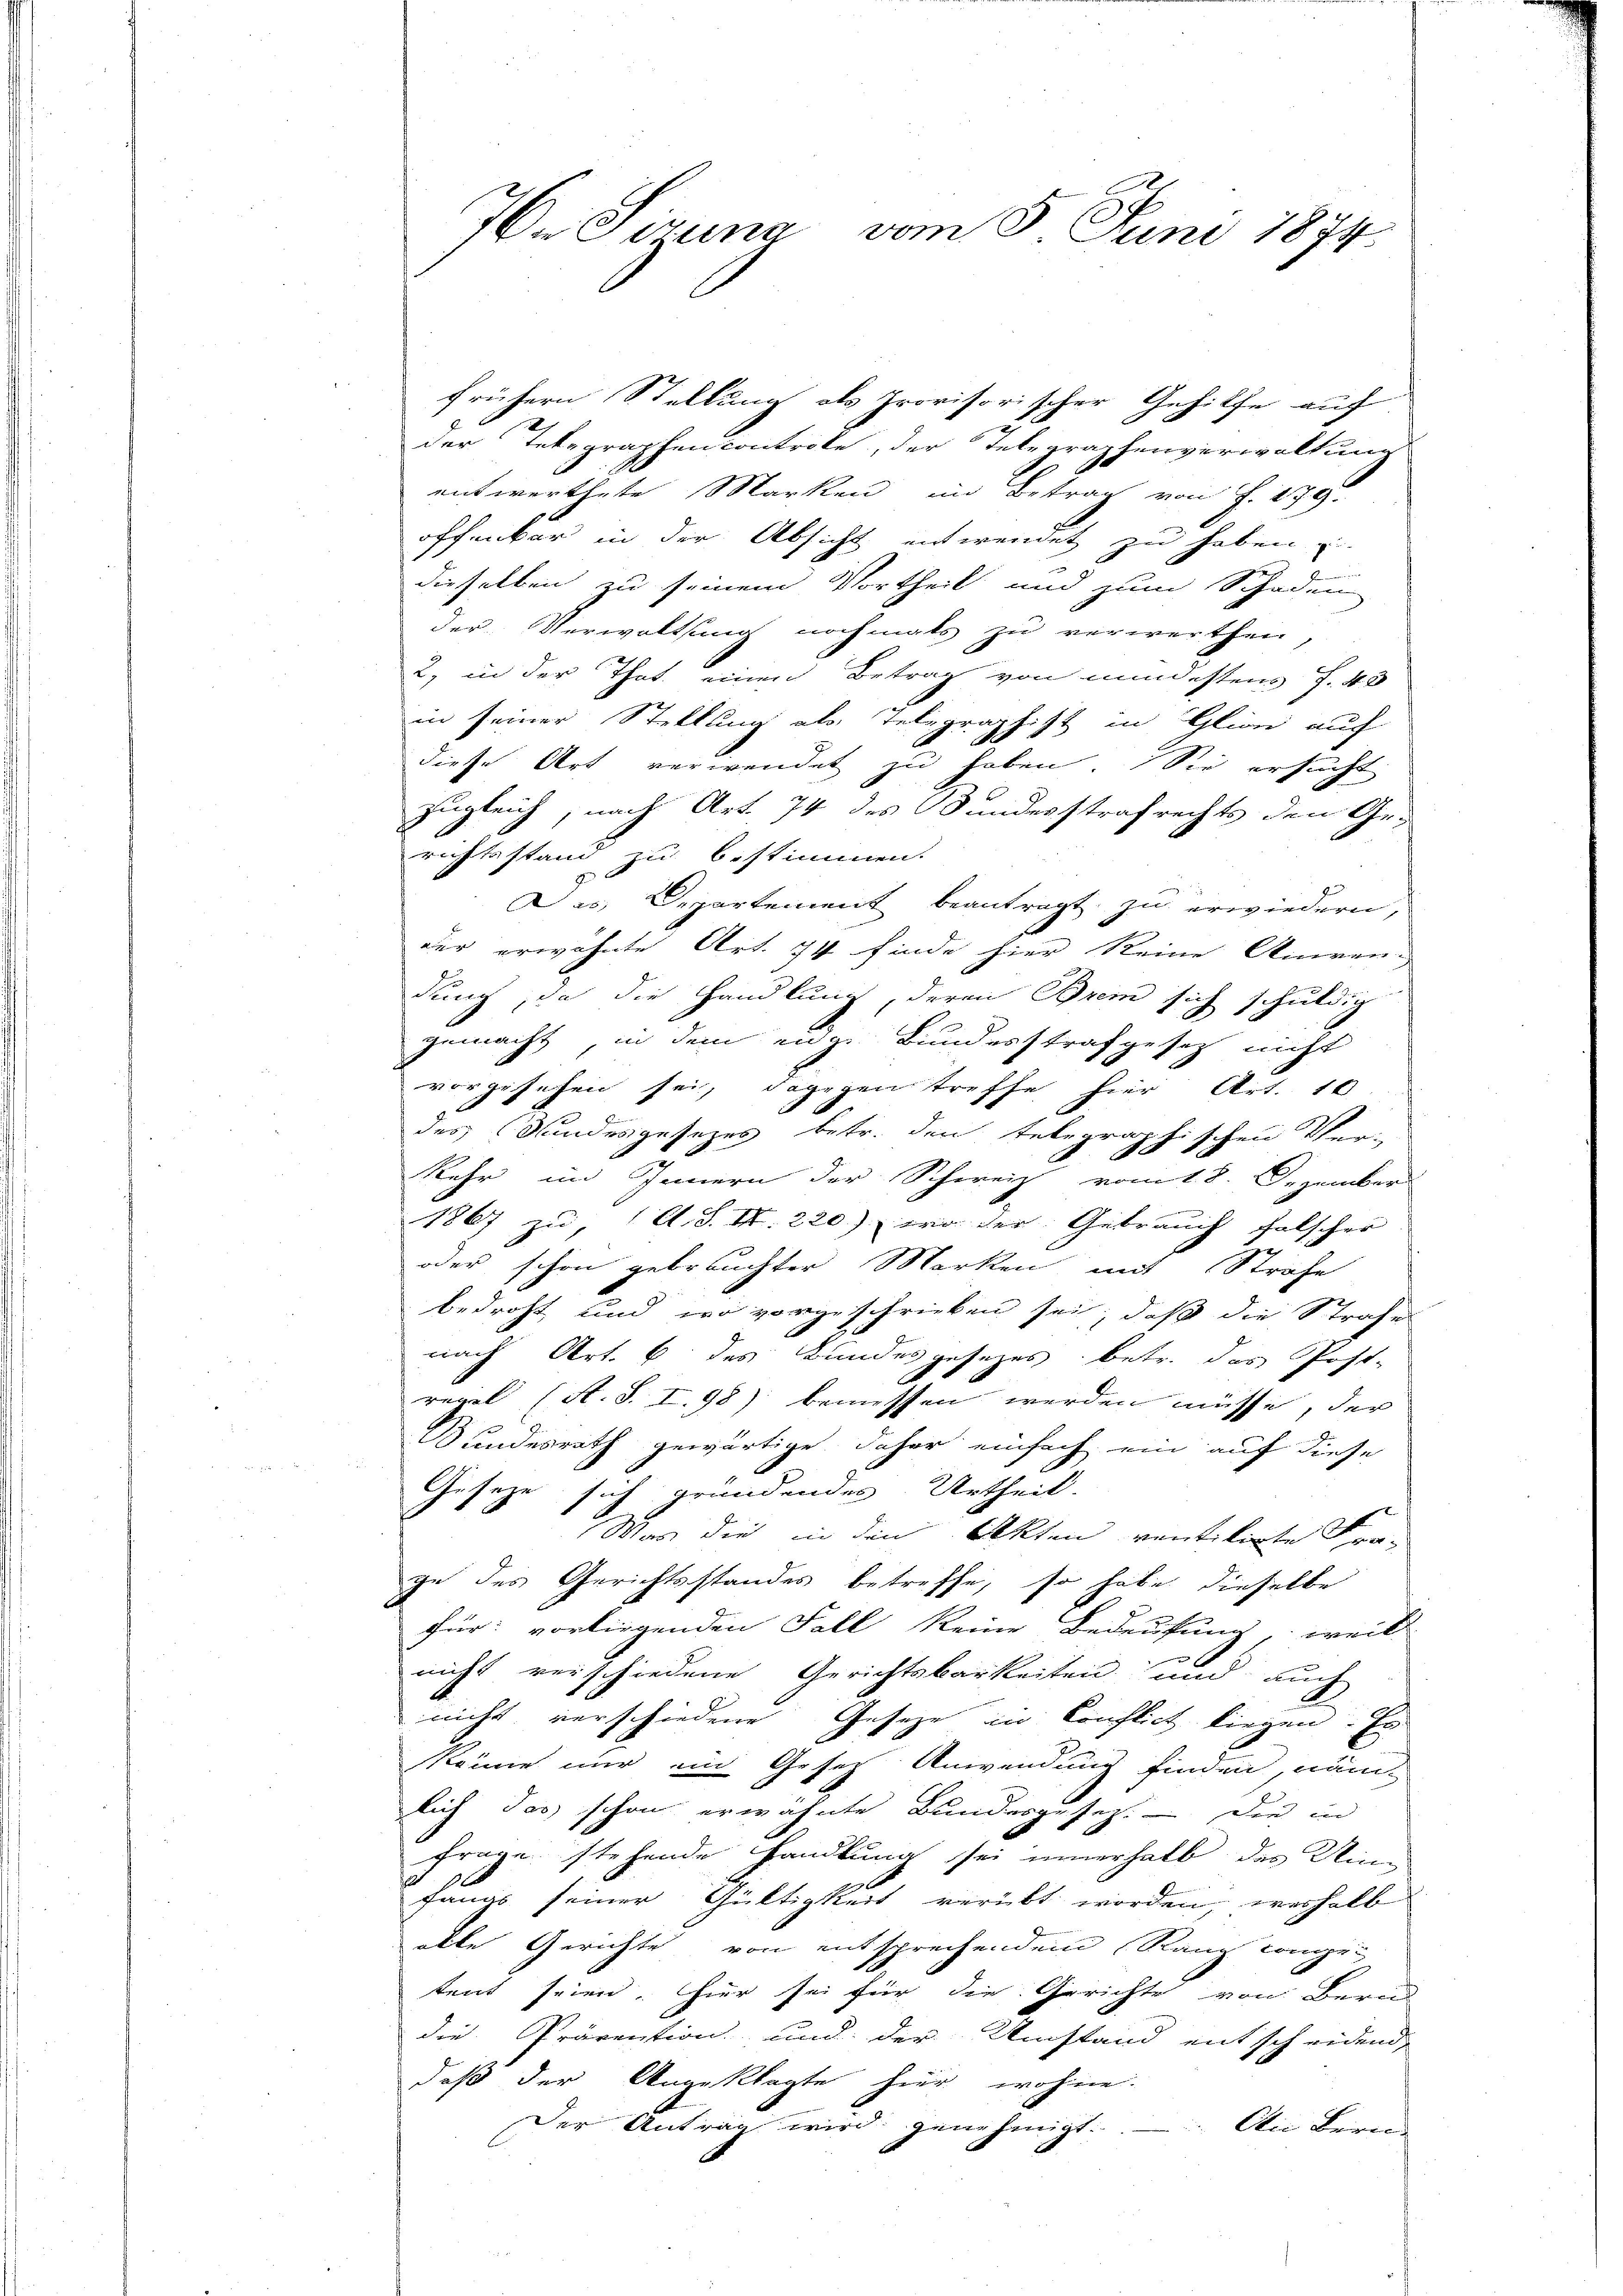
7. Siruna vom 8. Juni 1874.

frühern Stellung als Provisorischer Gehilfe auf
der Telegraphencontrole, der Telegraphenverwaltung
n
entwerthete Marken im Betrag von J. 179.
offenbar in der Absicht entwendet zu haben u
dieselben zu seinem Vortheil und zum Schaden
der Verwaltsung nochmals zu verwerthen,
2, in der That einen Betrag von mindestens f. 43
in seiner Stellung als Telegraphist in Glion auf
diese Art verwendet zu haben. Sie ersucht
zugleich, nach Art. 74 des Bundesstrafrechts den Ge-
richtsstand zu bestimmen.
Das Departement beantragt, zu erwiedern,
der erwähnte Art. 74 finde hier keine Atiren-
dung, da die Handlung, deren Prem sich schuldig
gemacht in dem eige Bundesstrafgesetz nicht
vorgesehen sei, dagegen treffe hier Art. 10.
des Kundesgesetzes betr. den telegraphischen Ver-
Kehr im Innern der Schweiz vom 18. Dezember
1867 zu, (A. S. S. 220), wo der Gebrauch falscher
oder schon gebrauchter Marken mit Strafe
bedroht, und wo vorgeschrieben sei, daß die Strafe
nach Art. 6 des Bundesgesezes betr. das Post-
regel (St. S. I. 98) bemessen werden müsse, der
Wundesrath gewärtige, daher einfach ein auf diese
Gesetze sich gründenden Urtheil.
Was die in den Akten ventilirte Fra-
ge des Gerichtsstandes betreffe, so habe dieselbe
für: vorliegenden Fall keine Bedeutung, weil
nicht verschiedene Gerichtsbarkeiten und auch
A.
nicht verschiedene Gesetze in Konflict liegen. Es
könne nur im Gesetz Anwendung finden, näm-
lich Jas schon erwähnte Bundesgesetz. — Die in
frage stehende Handlung sei innerhalb das Kin
fangs seiner Gültigkeit verübt worden, verhalb
alle Gerichte von entsprechendem Rang congri
tent seien. Hier sei für die Gerichte von Berein
die Prävention und der Umstand entscheidend
daß der Angeklagte hier wohne.
Der Antrag wird genehmigt. An Bern